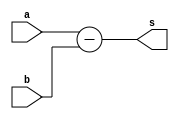
module gen_subber
#(
	parameter IN_WIDTH = 32,
	parameter OUT_WIDTH = IN_WIDTH + 1
)
(
	input wire  [IN_WIDTH  - 1 : 0] a,
	input wire  [IN_WIDTH  - 1 : 0] b,
	output wire [OUT_WIDTH - 1 : 0] s
);
	reg [OUT_WIDTH - 1:0] int_s;
	assign s = int_s;
	always @(a or b)
	begin
		int_s <= a - b;
	end	
endmodule